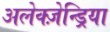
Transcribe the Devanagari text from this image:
अलेक्ज़ेन्ड्रिया